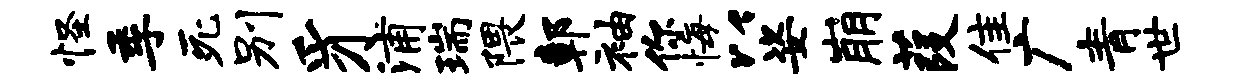
怪季死别豸浦瑞隈鄣袖你悔以姿崩葭隹广青世